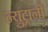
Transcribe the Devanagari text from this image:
न्युट्रानों